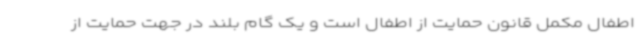
اطفال مکمل قانون حمایت از اطفال است و یک گام بلند در جهت حمایت از